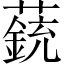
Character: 𧀏